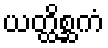
ယတ္ထိစ္ဆကံ